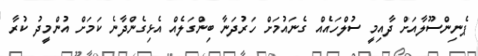
ޕެނިންސޫލާއަށް ދާއިމީ ސުލްހައެއް ގެނައުމަށް ހަރުދަނާ ބިންގަލެއް އެޅިގެންދާނެ ކަމަށް އުންމީދު ކުރާ